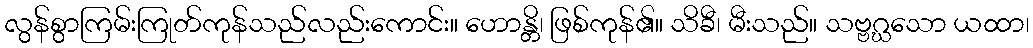
လွန်စွာကြမ်းကြုတ်ကုန်သည်လည်းကောင်း။ ဟောန္တိ၊ ဖြစ်ကုန်၏။ သိခီ၊ မီးသည်။ သဗ္ဗဂ္ဃသော ယထာ၊